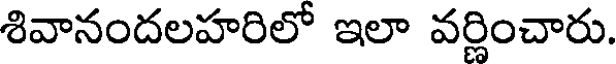
శివానందలహరిలో ఇలా వర్ణించారు.